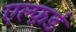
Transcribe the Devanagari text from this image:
एल्फ़र्ड